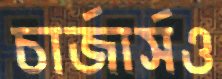
চার্জার্সও